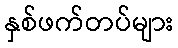
နှစ်ဖက်တပ်များ